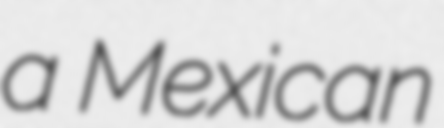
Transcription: a Mexican